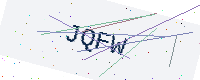
Text: JQFW